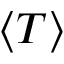
\langle T \rangle